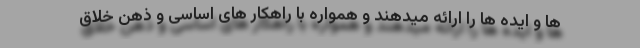
ها و ایده ها را ارائه میدهند و همواره با راهکار های اساسی و ذهن خلاق